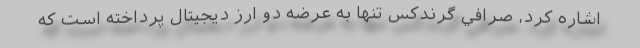
اشاره کرد، صرافي گرندكس تنها به عرضه دو ارز ديجيتال پرداخته است كه